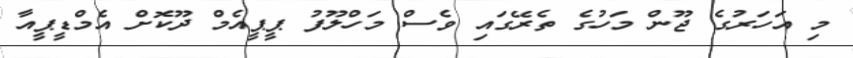
މި އަހަރުގެ ޖޫން މަހުގެ ތެރޭގައި ވެސް މަހްލޫފު ޕީޕީއެމް ދޫކޮށް އެމްޑީޕީއާ